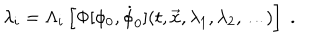
LaTeX: \lambda _ { i } = \Lambda _ { i } \left[ \Phi [ \phi _ { 0 } , \dot { \phi } _ { 0 } ] ( t , { \vec { x } } , \lambda _ { 1 } , \lambda _ { 2 } , \dots ) \right] \; .